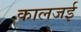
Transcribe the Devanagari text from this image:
कालजई